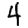
Digit: 4